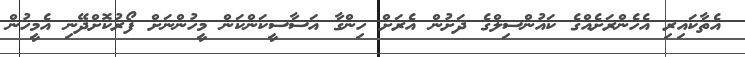
އެތާކައިރި އެހެންރަށެއްގެ ކައުންސިލްގެ ދަށުން އެރަށް ހިންގާ އަސާސީކަންކަން މީހުންނަށް ފޯރުކޮށްދޭނި އެމީހުން